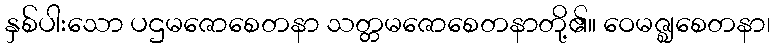
နှစ်ပါးသော ပဌမဇောစေတနာ သတ္တမဇောစေတနာတို့၏။ ဝေမဇ္ဈစေတနာ၊